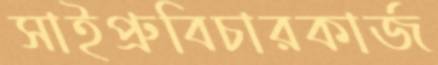
সাইপ্রুবিচারকার্জ